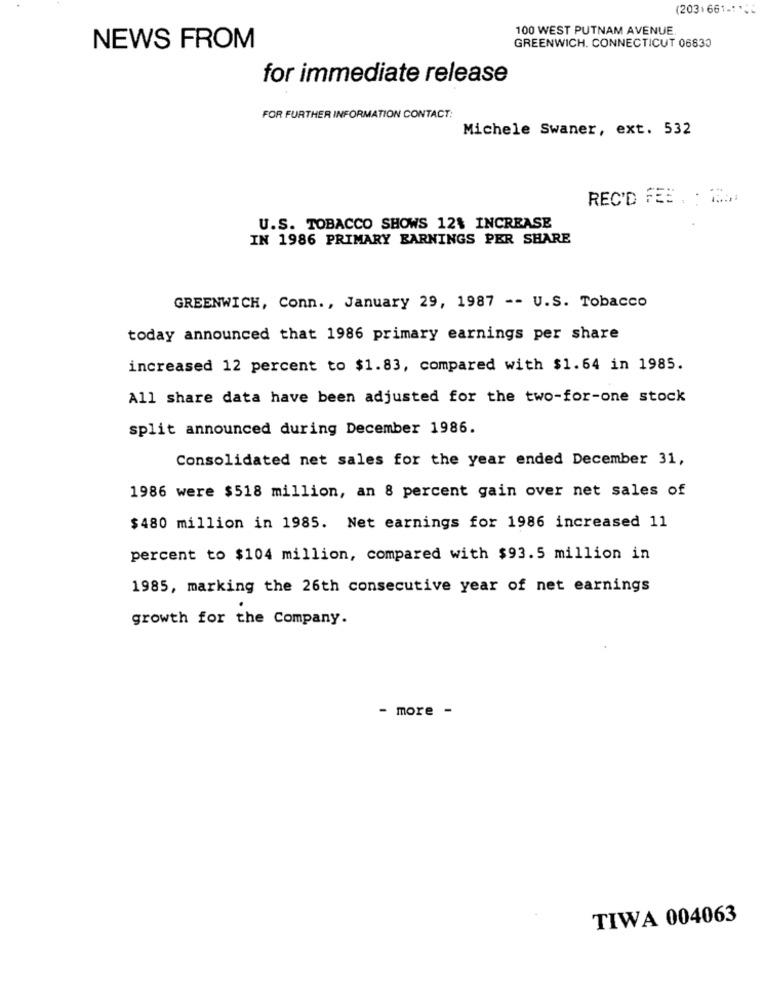
(203)661.1.
100 WEST PUTNAM AVENUE.
NEWS FROM
GREENWICH. CONNECTICUT 06830
for immediate release
FOR FURTHER INFORMATION CONTACT:
Michele Swaner, ext. 532
REC'D FEE . : 2 ....
U.S. TOBACCO SHOWS 12% INCREASE
IN 1986 PRIMARY EARNINGS PER SHARE
GREENWICH, Conn ., January 29, 1987 -- U.S. Tobacco
today announced that 1986 primary earnings per share
increased 12 percent to $1.83, compared with $1.64 in 1985.
All share data have been adjusted for the two-for-one stock
split announced during December 1986.
Consolidated net sales for the year ended December 31,
1986 were $518 million, an 8 percent gain over net sales of
$480 million in 1985. Net earnings for 1986 increased 11
percent to $104 million, compared with $93.5 million in
1985, marking the 26th consecutive year of net earnings
growth for the Company.
- more -
TIWA 004063